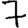
Digit: 7